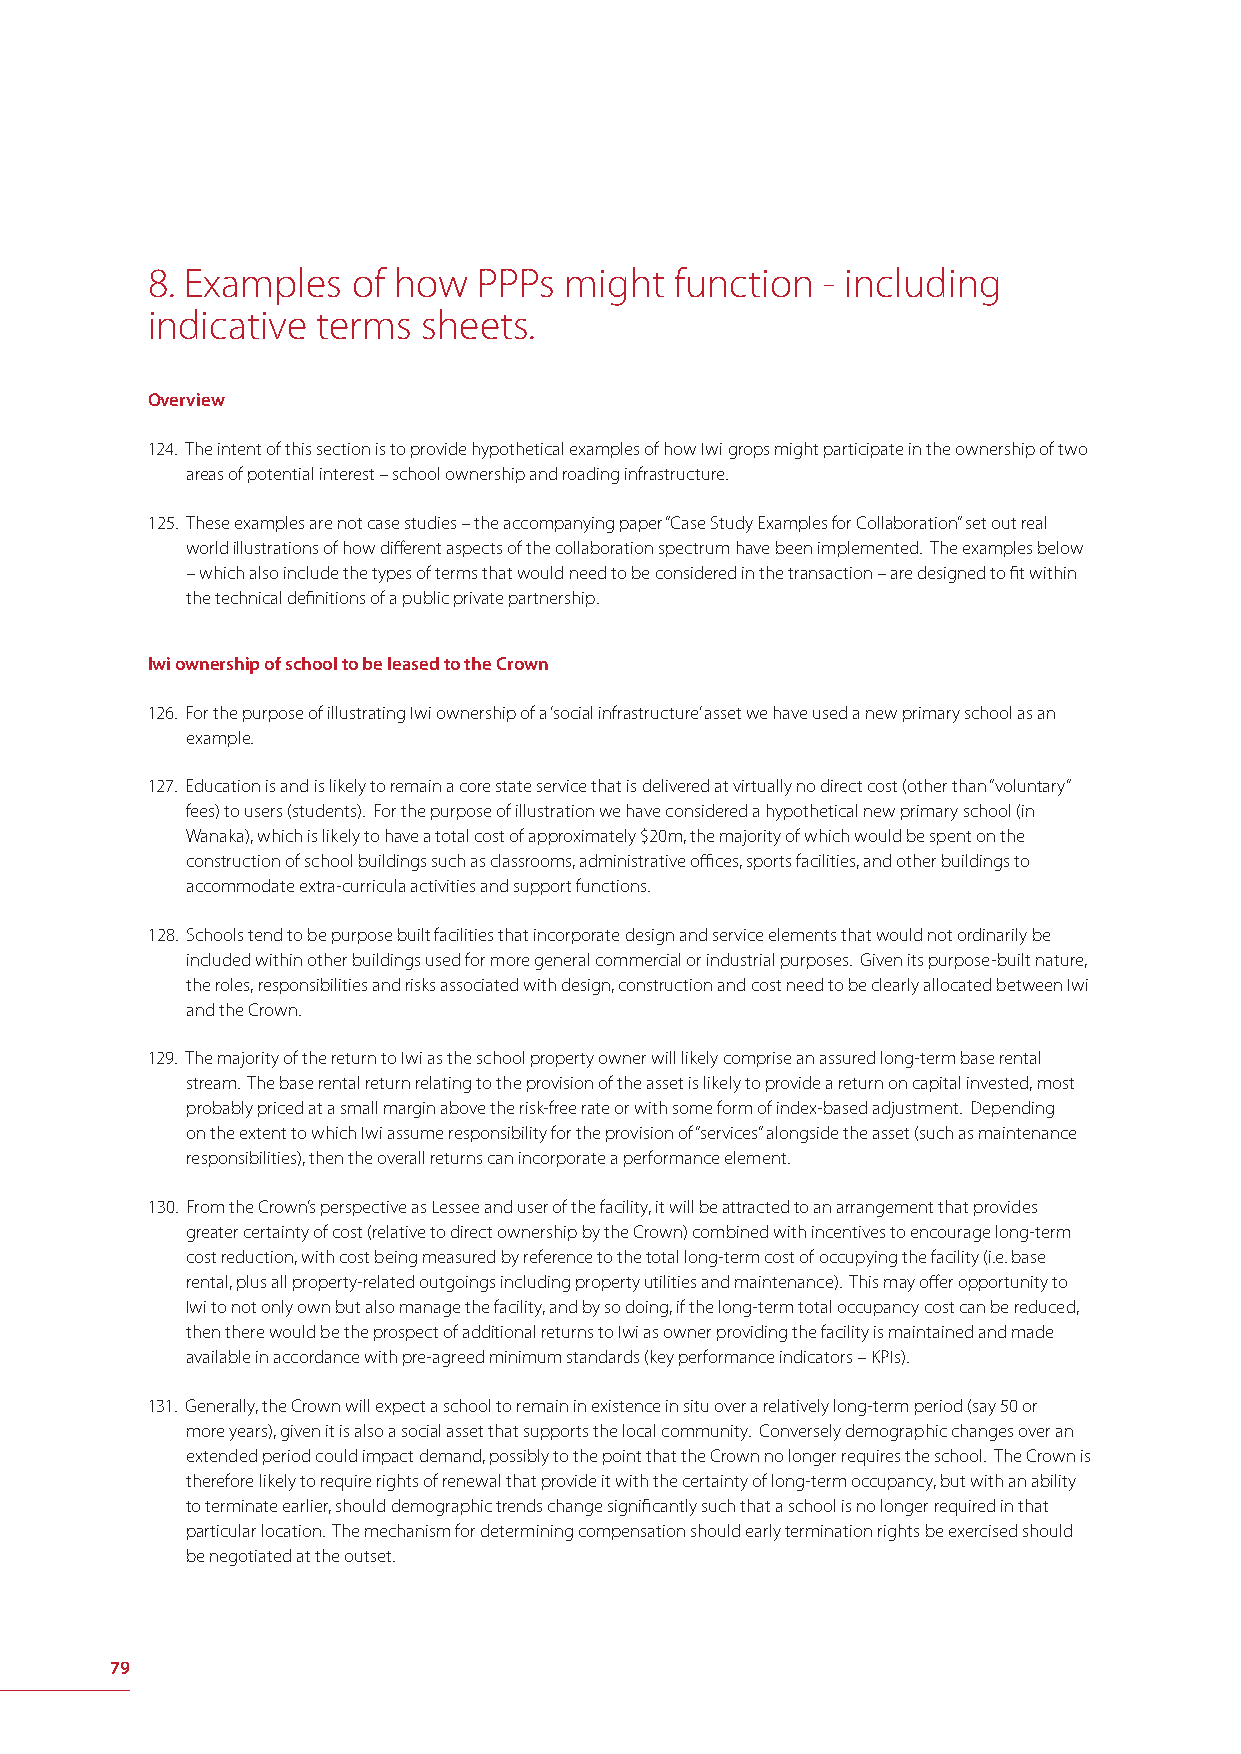
8. Examples  of how   PPPs might   function - including
 indicative terms  sheets.
 Overview
 124. The intent of this section is to provide hypothetical examples of how Iwi grops might participate in the ownership of two
 areas of potential interest – school ownership and roading infrastructure.
 125. These examples are not case studies – the accompanying paper “Case Study Examples for Collaboration” set out real
 world illustrations of how diff erent aspects of the collaboration spectrum have been implemented. The examples below
 – which also include the types of terms that would need to be considered in the transaction – are designed to fi t within
 the technical defi nitions of a public private partnership.
 Iwi ownership of school to be leased to the Crown
 126. For the purpose of illustrating Iwi ownership of a ‘social infrastructure’ asset we have used a new primary school as an
 example.
 127. Education is and is likely to remain a core state service that is delivered at virtually no direct cost (other than “voluntary”
 fees) to users (students). For the purpose of illustration we have considered a hypothetical new primary school (in
 Wanaka), which is likely to have a total cost of approximately $20m, the majority of which would be spent on the
 construction of school buildings such as classrooms, administrative offi ces, sports facilities, and other buildings to
 accommodate extra-curricula activities and support functions.
 128. Schools tend to be purpose built facilities that incorporate design and service elements that would not ordinarily be
 included within other buildings used for more general commercial or industrial purposes. Given its purpose-built nature,
 the roles, responsibilities and risks associated with design, construction and cost need to be clearly allocated between Iwi
 and the Crown.
 129. The majority of the return to Iwi as the school property owner will likely comprise an assured long-term base rental
 stream. The base rental return relating to the provision of the asset is likely to provide a return on capital invested, most
 probably priced at a small margin above the risk-free rate or with some form of index-based adjustment. Depending
 on the extent to which Iwi assume responsibility for the provision of “services” alongside the asset (such as maintenance
 responsibilities), then the overall returns can incorporate a performance element.
 130. From the Crown’s perspective as Lessee and user of the facility, it will be attracted to an arrangement that provides
 greater certainty of cost (relative to direct ownership by the Crown) combined with incentives to encourage long-term
 cost reduction, with cost being measured by reference to the total long-term cost of occupying the facility (i.e. base
 rental, plus all property-related outgoings including property utilities and maintenance). This may off er opportunity to
 Iwi to not only own but also manage the facility, and by so doing, if the long-term total occupancy cost can be reduced,
 then there would be the prospect of additional returns to Iwi as owner providing the facility is maintained and made
 available in accordance with pre-agreed minimum standards (key performance indicators – KPIs).
 131. Generally, the Crown will expect a school to remain in existence in situ over a relatively long-term period (say 50 or
 more years), given it is also a social asset that supports the local community. Conversely demographic changes over an
 extended period could impact demand, possibly to the point that the Crown no longer requires the school. The Crown is
 therefore likely to require rights of renewal that provide it with the certainty of long-term occupancy, but with an ability
 to terminate earlier, should demographic trends change signifi cantly such that a school is no longer required in that
 particular location. The mechanism for determining compensation should early termination rights be exercised should
 be negotiated at the outset.
 79